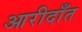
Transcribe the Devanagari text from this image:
आरीदाँत